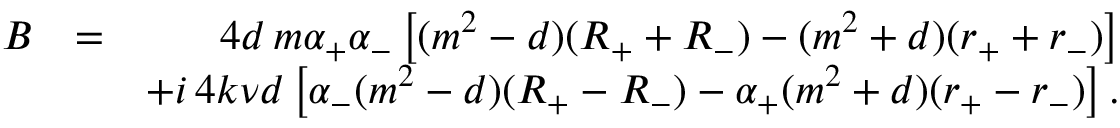
\begin{array} { r l r } { B } & { = } & { \quad 4 d \, m \alpha _ { + } \alpha _ { - } \left[ ( m ^ { 2 } - d ) ( R _ { + } + R _ { - } ) - ( m ^ { 2 } + d ) ( r _ { + } + r _ { - } ) \right] } \\ & { } & { + i \, 4 k \nu d \left[ \alpha _ { - } ( m ^ { 2 } - d ) ( R _ { + } - R _ { - } ) - \alpha _ { + } ( m ^ { 2 } + d ) ( r _ { + } - r _ { - } ) \right] . } \end{array}